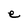
Character: e